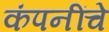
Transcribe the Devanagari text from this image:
कंपनींचे